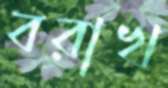
বরাখ